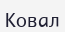
Ковал